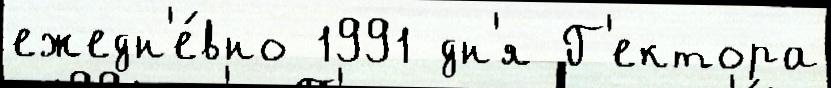
ежедн'е́вно 1991 дн'я Г'ектора